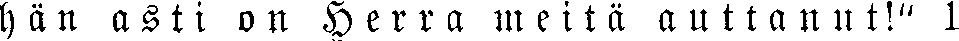
hän asti on Herra meitä auttanut!" 1